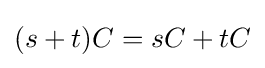
(s+t)C=sC+tC